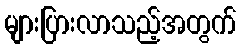
များပြားလာသည့်အတွက်